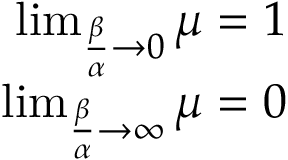
\begin{array} { r } { \operatorname* { l i m } _ { { \frac { \beta } { \alpha } } \to 0 } \mu = 1 } \\ { \operatorname* { l i m } _ { { \frac { \beta } { \alpha } } \to \infty } \mu = 0 } \end{array}